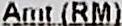
AMT (RM)